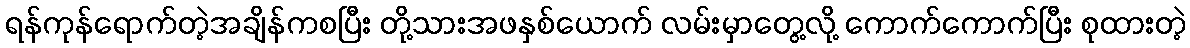
ရန်ကုန်ရောက်တဲ့အချိန်ကစပြီး တို့သားအဖနှစ်ယောက် လမ်းမှာတွေ့လို့ ကောက်ကောက်ပြီး စုထားတဲ့